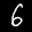
Label: 6